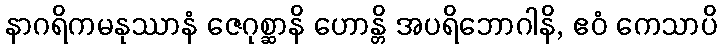
နာဂရိကမနုဿာနံ ဇေဂုစ္ဆာနိ ဟောန္တိ အပရိဘောဂါနိ, ဧဝံ ကေသာပိ